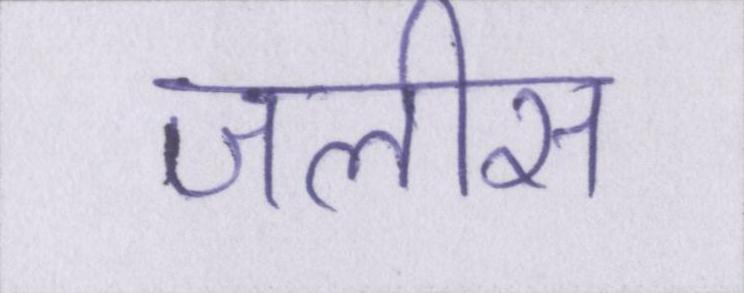
जलीस